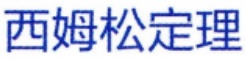
西姆松定理